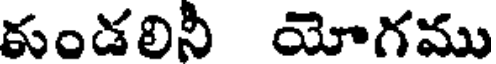
కుండలినీ యోగము